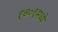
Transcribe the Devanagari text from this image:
१७०१मध्ये